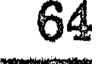
64